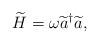
LaTeX: \begin{align*}\widetilde{H}=\omega \widetilde{a}^{\dagger }\widetilde{a},\end{align*}